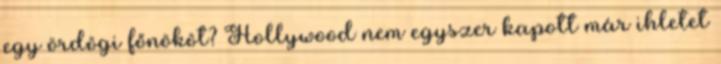
egy ördögi főnököt? Hollywood nem egyszer kapott már ihletet